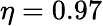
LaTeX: \eta=0.97